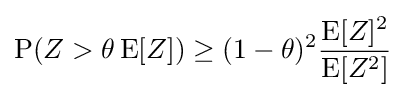
\operatorname {P} (Z>\theta \operatorname {E} [Z])\geq (1-\theta )^{2}{\frac {\operatorname {E} [Z]^{2}}{\operatorname {E} [Z^{2}]}}